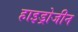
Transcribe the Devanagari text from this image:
हाइड्रोजीन